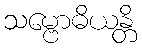
သမ္ဗောဓိယန္တိ